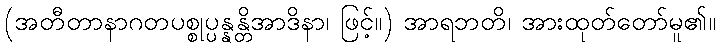
(အတီတာနာဂတပစ္စုပ္ပန္နန္တိအာဒိနာ၊ ဖြင့်။) အာရဘတိ၊ အားထုတ်တော်မူ၏။